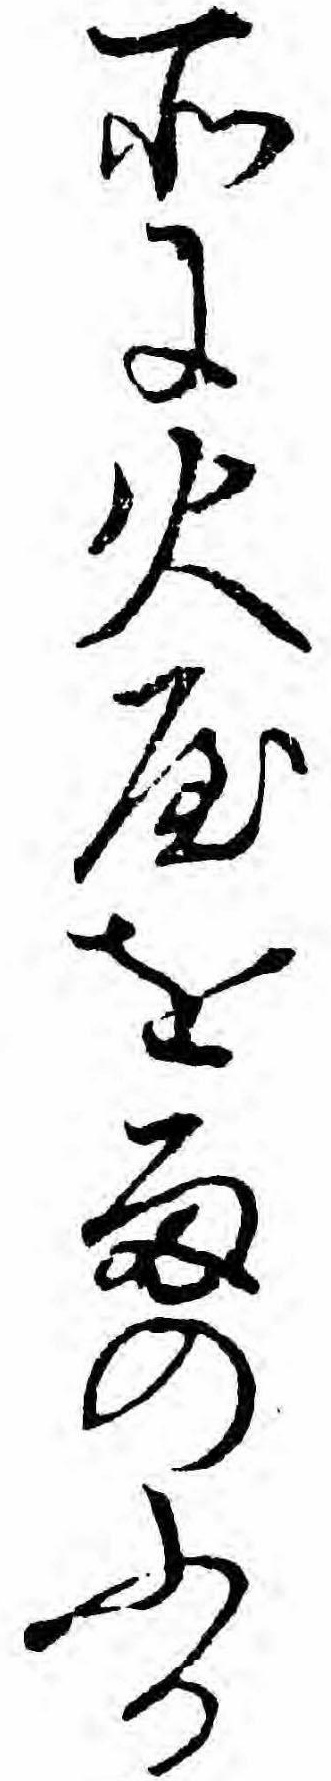
所に火やを雨のふる